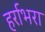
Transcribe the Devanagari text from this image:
हर्राभरा